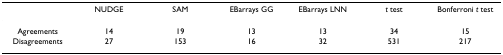
|  | NUDGE | SAM | EBarrays GG | EBarrays LNN | t test | Bonferroni t test |
 | --- | --- | --- | --- | --- | --- | --- |
 | Agreements | 14 | 19 | 13 | 13 | 34 | 15 |
 | Disagreements | 27 | 153 | 16 | 32 | 531 | 217 |